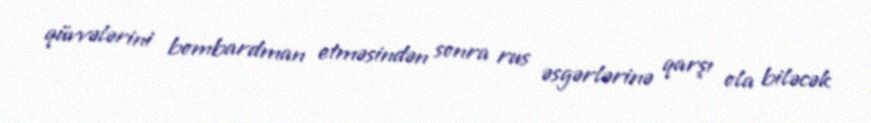
qüvvələrini bombardman etməsindən sonra rus əsgərlərinə qarşı ola biləcək